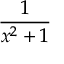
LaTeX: \frac { 1 } { x ^ { 2 } + 1 }